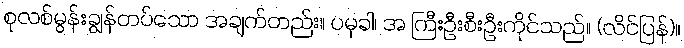
စုလစ်မွန်းချွန်တပ်သော အချက်တည်း။ ပမုခါ၊ အ ကြီးဦးစီးဦးကိုင်သည်။ (လိင်ပြန်)။